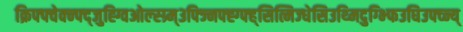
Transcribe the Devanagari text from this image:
क्रिफ्फ्वेक्न्फ्द्जुह्ग्विओल्स्ग्र्म्३फ्ज्निफ्ह्ग्फ्ह्सित्मिज्धेसिउथ्मिदुग्भ्फिउघिउफ्व्न्य्